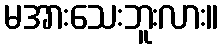
မအားသေးဘူးလား။